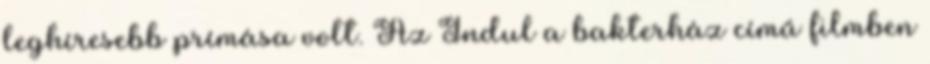
leghíresebb prímása volt. Az Indul a bakterház című filmben